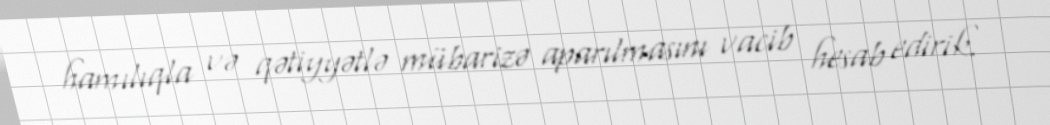
hamılıqla və qətiyyətlə mübarizə aparılmasını vacib hesab edirik.